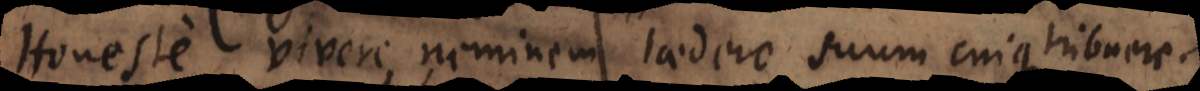
Honeste vivere, neminem laedere, suum cuique